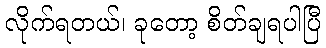
လိုက်ရတယ်၊ ခုတော့ စိတ်ချရပါပြီ